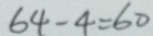
6 4 - 4 = 6 0